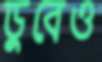
ডুবেও